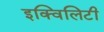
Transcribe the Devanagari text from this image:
इक्विलिटी